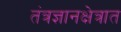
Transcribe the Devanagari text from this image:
तंत्रज्ञानक्षेत्रात